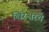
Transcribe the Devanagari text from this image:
खिरेश्वरचे